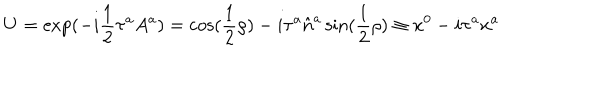
U = \exp ( - i { \frac { 1 } { 2 } } \tau ^ { a } A ^ { a } ) = \cos ( { \frac { 1 } { 2 } } \rho ) - i \tau ^ { a } \hat { n } ^ { a } \sin ( { \frac { 1 } { 2 } } \rho ) \equiv x ^ { 0 } - i \tau ^ { a } x ^ { a }